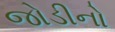
જોડીનો